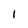
Character: I